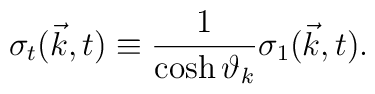
{\sigma}_t({\vec k},t) \equiv \frac{1}{\cosh{\vartheta}_k}{\sigma}_1({\vec k},t).